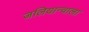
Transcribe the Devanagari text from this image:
जलियान्वाला